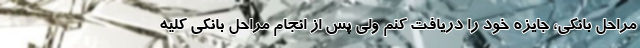
مراحل بانکی، جایزه خود را دریافت کنم ولی پس از انجام مراحل بانکی کلیه